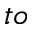
t o